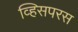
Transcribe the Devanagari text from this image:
व्हिसपरस